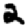
Digit: 2